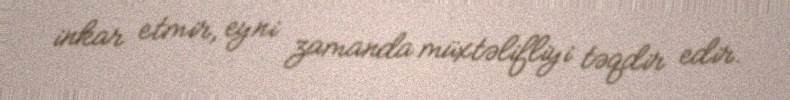
inkar etmir, eyni zamanda müxtəlifliyi təqdir edir.